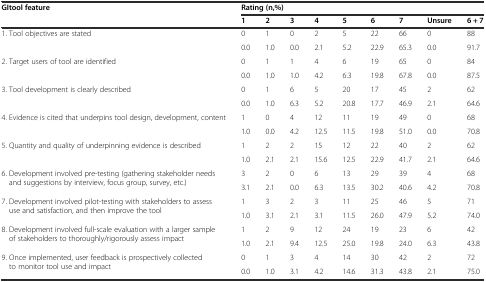
<table><thead><tr><td rowspan="2"><b>GItool feature</b></td><td colspan="9"><b>Rating (n,%)</b></td></tr><tr><td><b>1</b></td><td><b>2</b></td><td><b>3</b></td><td><b>4</b></td><td><b>5</b></td><td><b>6</b></td><td><b>7</b></td><td><b>Unsure</b></td><td><b>6 + 7</b></td></tr></thead><tbody><tr><td rowspan="2">1. Tool objectives are stated</td><td>0</td><td>1</td><td>0</td><td>2</td><td>5</td><td>22</td><td>66</td><td>0</td><td>88</td></tr><tr><td>0.0</td><td>1.0</td><td>0.0</td><td>2.1</td><td>5.2</td><td>22.9</td><td>65.3</td><td>0.0</td><td>91.7</td></tr><tr><td rowspan="2">2. Target users of tool are identified</td><td>0</td><td>1</td><td>1</td><td>4</td><td>6</td><td>19</td><td>65</td><td>0</td><td>84</td></tr><tr><td>0.0</td><td>1.0</td><td>1.0</td><td>4.2</td><td>6.3</td><td>19.8</td><td>67.8</td><td>0.0</td><td>87.5</td></tr><tr><td rowspan="2">3. Tool development is clearly described</td><td>0</td><td>1</td><td>6</td><td>5</td><td>20</td><td>17</td><td>45</td><td>2</td><td>62</td></tr><tr><td>0.0</td><td>1.0</td><td>6.3</td><td>5.2</td><td>20.8</td><td>17.7</td><td>46.9</td><td>2.1</td><td>64.6</td></tr><tr><td rowspan="2">4. Evidence is cited that underpins tool design, development, content</td><td>1</td><td>0</td><td>4</td><td>12</td><td>11</td><td>19</td><td>49</td><td>0</td><td>68</td></tr><tr><td>1.0</td><td>0.0</td><td>4.2</td><td>12.5</td><td>11.5</td><td>19.8</td><td>51.0</td><td>0.0</td><td>70.8</td></tr><tr><td rowspan="2">5. Quantity and quality of underpinning evidence is described</td><td>1</td><td>2</td><td>2</td><td>15</td><td>12</td><td>22</td><td>40</td><td>2</td><td>62</td></tr><tr><td>1.0</td><td>2.1</td><td>2.1</td><td>15.6</td><td>12.5</td><td>22.9</td><td>41.7</td><td>2.1</td><td>64.6</td></tr><tr><td rowspan="2">6. Development involved pre-testing (gathering stakeholder needs and suggestions by interview, focus group, survey, etc.)</td><td>3</td><td>2</td><td>0</td><td>6</td><td>13</td><td>29</td><td>39</td><td>4</td><td>68</td></tr><tr><td>3.1</td><td>2.1</td><td>0.0</td><td>6.3</td><td>13.5</td><td>30.2</td><td>40.6</td><td>4.2</td><td>70.8</td></tr><tr><td rowspan="2">7. Development involved pilot-testing with stakeholders to assess use and satisfaction, and then improve the tool</td><td>1</td><td>3</td><td>2</td><td>3</td><td>11</td><td>25</td><td>46</td><td>5</td><td>71</td></tr><tr><td>1.0</td><td>3.1</td><td>2.1</td><td>3.1</td><td>11.5</td><td>26.0</td><td>47.9</td><td>5.2</td><td>74.0</td></tr><tr><td rowspan="2">8. Development involved full-scale evaluation with a larger sample of stakeholders to thoroughly/rigorously assess impact</td><td>1</td><td>2</td><td>9</td><td>12</td><td>24</td><td>19</td><td>23</td><td>6</td><td>42</td></tr><tr><td>1.0</td><td>2.1</td><td>9.4</td><td>12.5</td><td>25.0</td><td>19.8</td><td>24.0</td><td>6.3</td><td>43.8</td></tr><tr><td rowspan="2">9. Once implemented, user feedback is prospectively collected to monitor tool use and impact</td><td>0</td><td>1</td><td>3</td><td>4</td><td>14</td><td>30</td><td>42</td><td>2</td><td>72</td></tr><tr><td>0.0</td><td>1.0</td><td>3.1</td><td>4.2</td><td>14.6</td><td>31.3</td><td>43.8</td><td>2.1</td><td>75.0</td></tr></tbody></table>